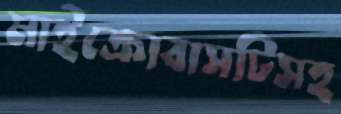
মাইক্রোবাসটিসহ